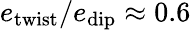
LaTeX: e_{\mathrm{twist}}/e_{\mathrm{dip}}\approx 0.6